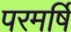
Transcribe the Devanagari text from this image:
परमर्षि